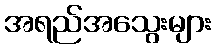
အရည်အသွေးများ